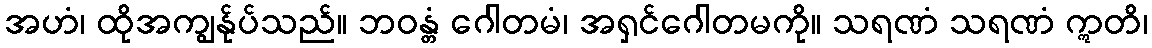
အဟံ၊ ထိုအကျွန်ုပ်သည်။ ဘဝန္တံ ဂေါတမံ၊ အရှင်ဂေါတမကို။ သရဏံ သရဏံ ဣတိ၊